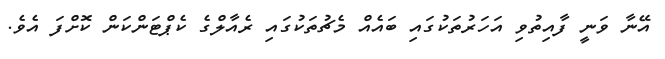
އޭނާ ވަނީ ފާއިތުވި އަހަރުތަކުގައި ބައެއް މެޗުތަކުގައި ރެއާލްގެ ކެޕްޓަންކަން ކޮށްފަ އެވެ.